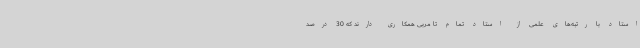
استاد با رتبه‌های علمی از استاد تمام تا مربی همکاری دارند که 30 درصد